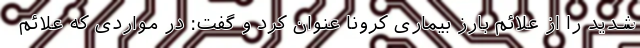
شدید را از علائم بارز بیماری کرونا عنوان کرد و گفت: در مواردی که علائم